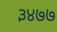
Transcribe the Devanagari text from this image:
३४७७